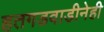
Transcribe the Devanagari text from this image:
हतगडवाडीनेही